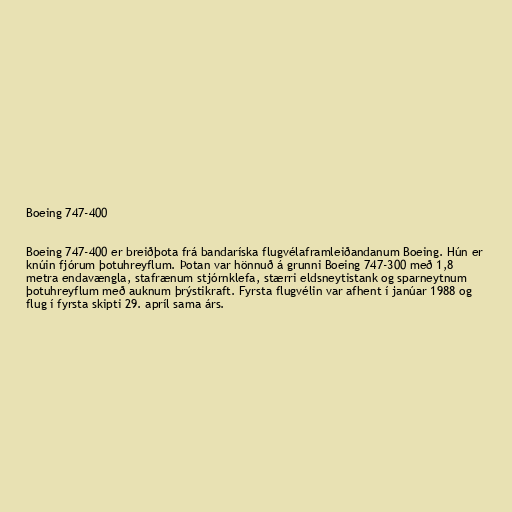
Boeing 747-400

Boeing 747-400 er breiðþota frá bandaríska flugvélaframleiðandanum Boeing. Hún er
knúin fjórum þotuhreyflum. Þotan var hönnuð á grunni Boeing 747-300 með 1,8
metra endavængla, stafrænum stjórnklefa, stærri eldsneytistank og sparneytnum
þotuhreyflum með auknum þrýstikraft. Fyrsta flugvélin var afhent í janúar 1988 og
flug í fyrsta skipti 29. apríl sama árs.